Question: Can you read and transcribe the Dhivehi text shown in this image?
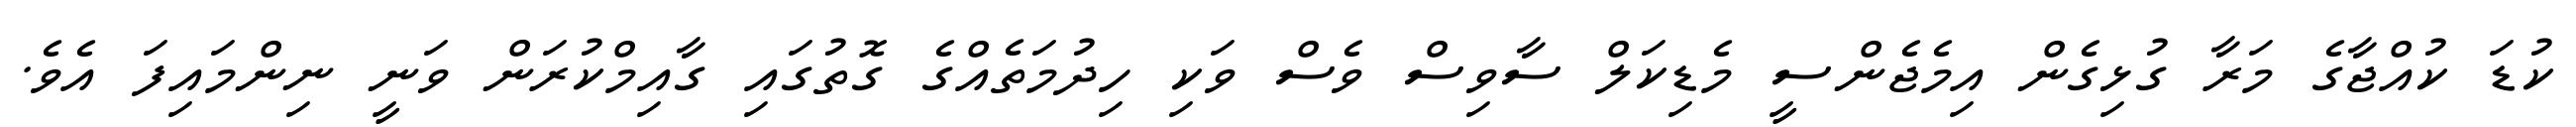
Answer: ކުޑަ ކުއްޖާގެ މަރާ ގުޅިގެން އިމެޖެންސީ މެޑިކަލް ސާވިސް ވެސް ވަކި ހިދުމަތެއްގެ ގޮތުގައި ގާއިމްކުރަން ވަނީ ނިންމައިފަ އެވެ.